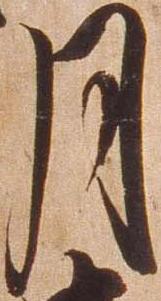
月